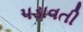
પડાવતી